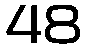
48